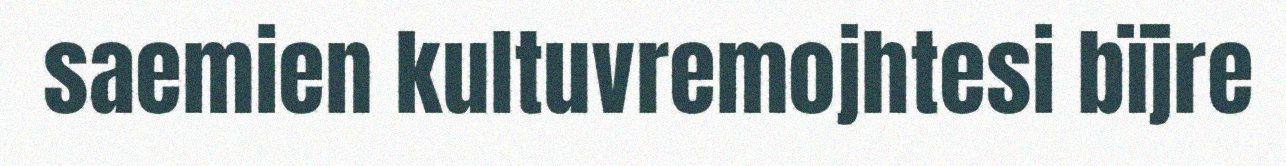
saemien kultuvremojhtesi bïjre